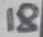
Text: 18